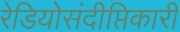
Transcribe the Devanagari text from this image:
रेडियोसंदीप्तिकारी